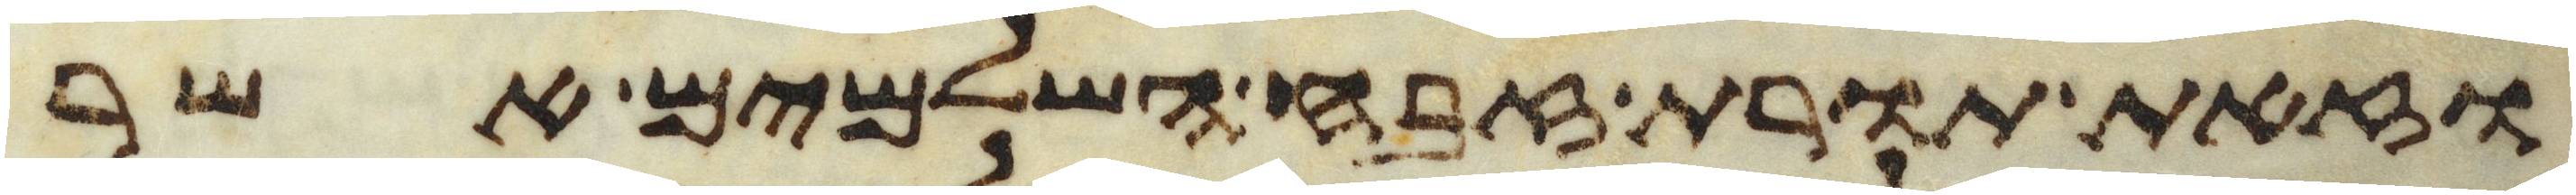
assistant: וזאת תורת זבח השלמים אשר